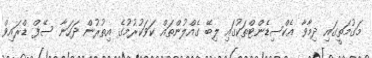
މަގުމަތީގައި ދިމާވާ އެކްސިޑެންޓްތަކުގައި ލިބޭ ގެއްލުންތައް ކަވަކުރުމުގެ އިތުރުން ދަހަނާ ސޭފް ޑްރައިވް